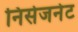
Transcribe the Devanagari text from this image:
निसेजनेट